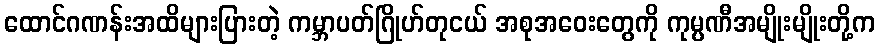
ထောင်ဂဏန်းအထိများပြားတဲ့ ကမ္ဘာပတ်ဂြိုဟ်တုငယ် အစုအဝေးတွေကို ကုမ္ပဏီအမျိုးမျိုးတို့က